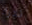
نترك